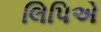
લિપિએ